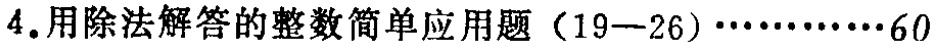
4.用除法解答的整数简单应用题（19—26）\(\cdots\cdots60\)